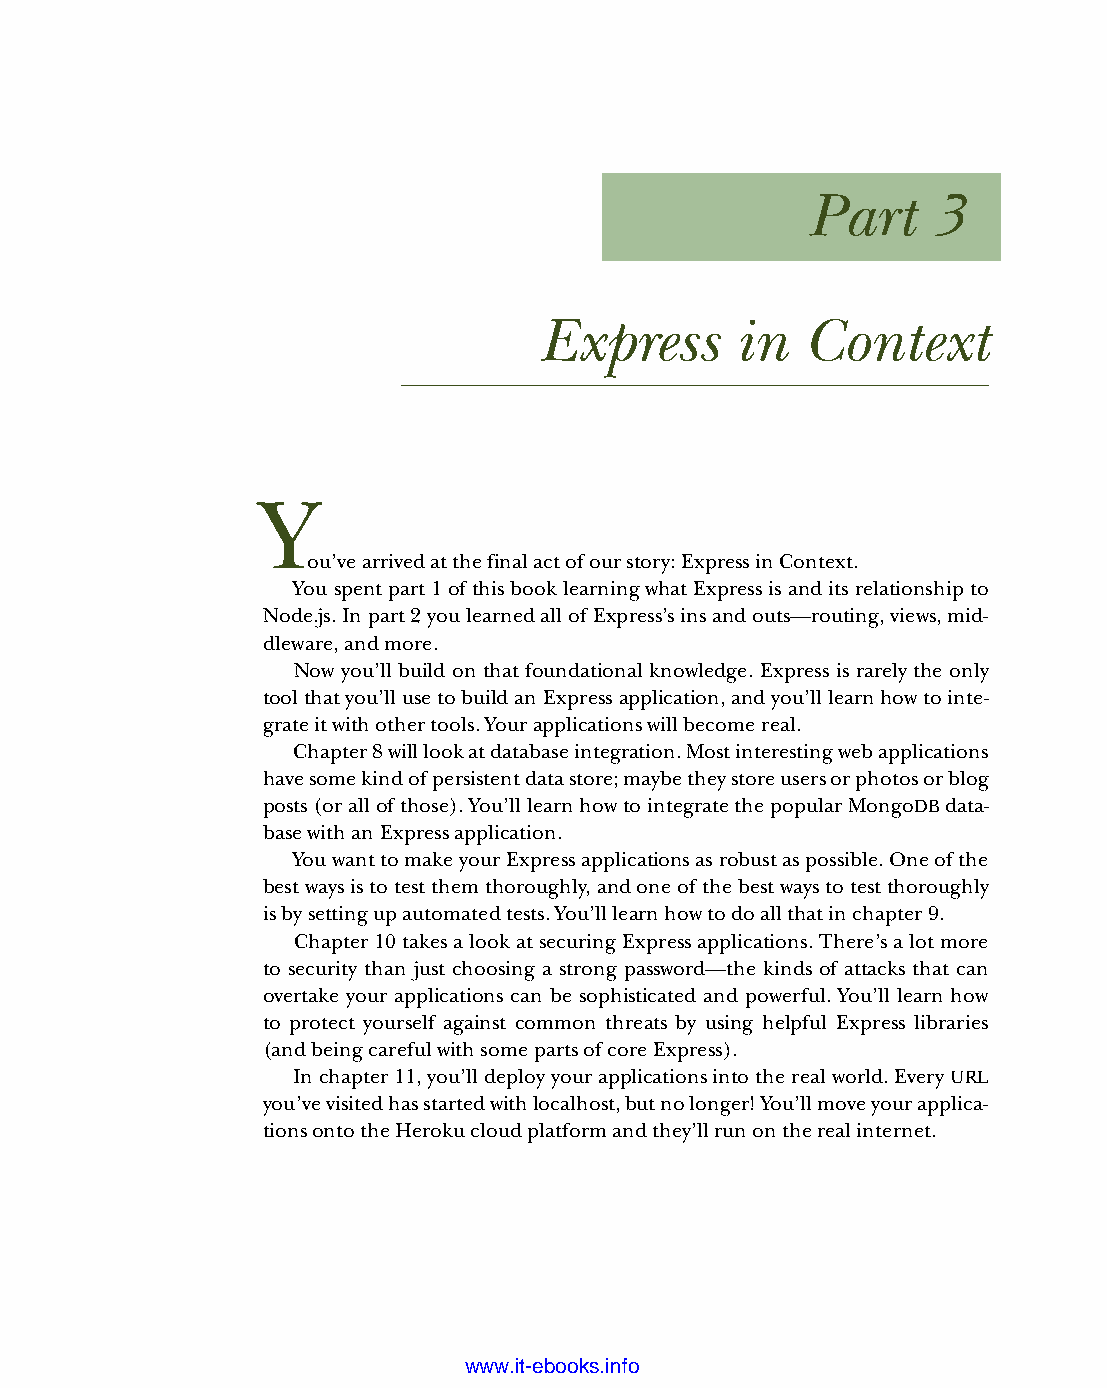
Part     3
 Express      in  Context
 Y
 ou’ve arrived at the final act of our story: Express in Context.
 You spent part 1 of this book learning what Express is and its relationship to
 Node.js. In part 2 you learned all of Express’s ins and outs—routing, views, mid-
 dleware, and more.
 Now you’ll build on that foundational knowledge. Express is rarely the only
 tool that you’ll use to build an Express application, and you’ll learn how to inte-
 grate it with other tools. Your applications will become real.
 Chapter 8 will look at database integration. Most interesting web applications
 have some kind of persistent data store; maybe they store users or photos or blog
 posts (or all of those). You’ll learn how to integrate the popular MongoDB data-
 base with an Express application.
 You want to make your Express applications as robust as possible. One of the
 best ways is to test them thoroughly, and one of the best ways to test thoroughly
 is by setting up automated tests. You’ll learn how to do all that in chapter 9.
 Chapter 10 takes a look at securing Express applications. There’s a lot more
 to security than just choosing a strong password—the kinds of attacks that can
 overtake your applications can be sophisticated and powerful. You’ll learn how
 to protect yourself against common threats by using helpful Express libraries
 (and being careful with some parts of core Express).
 In chapter 11, you’ll deploy your applications into the real world. Every URL
 you’ve visited has started with localhost, but no longer! You’ll move your applica-
 tions onto the Heroku cloud platform and they’ll run on the real internet.
 Licensed wtow w <.mit-ielebro.8o8k8s@.ingfomail.com>